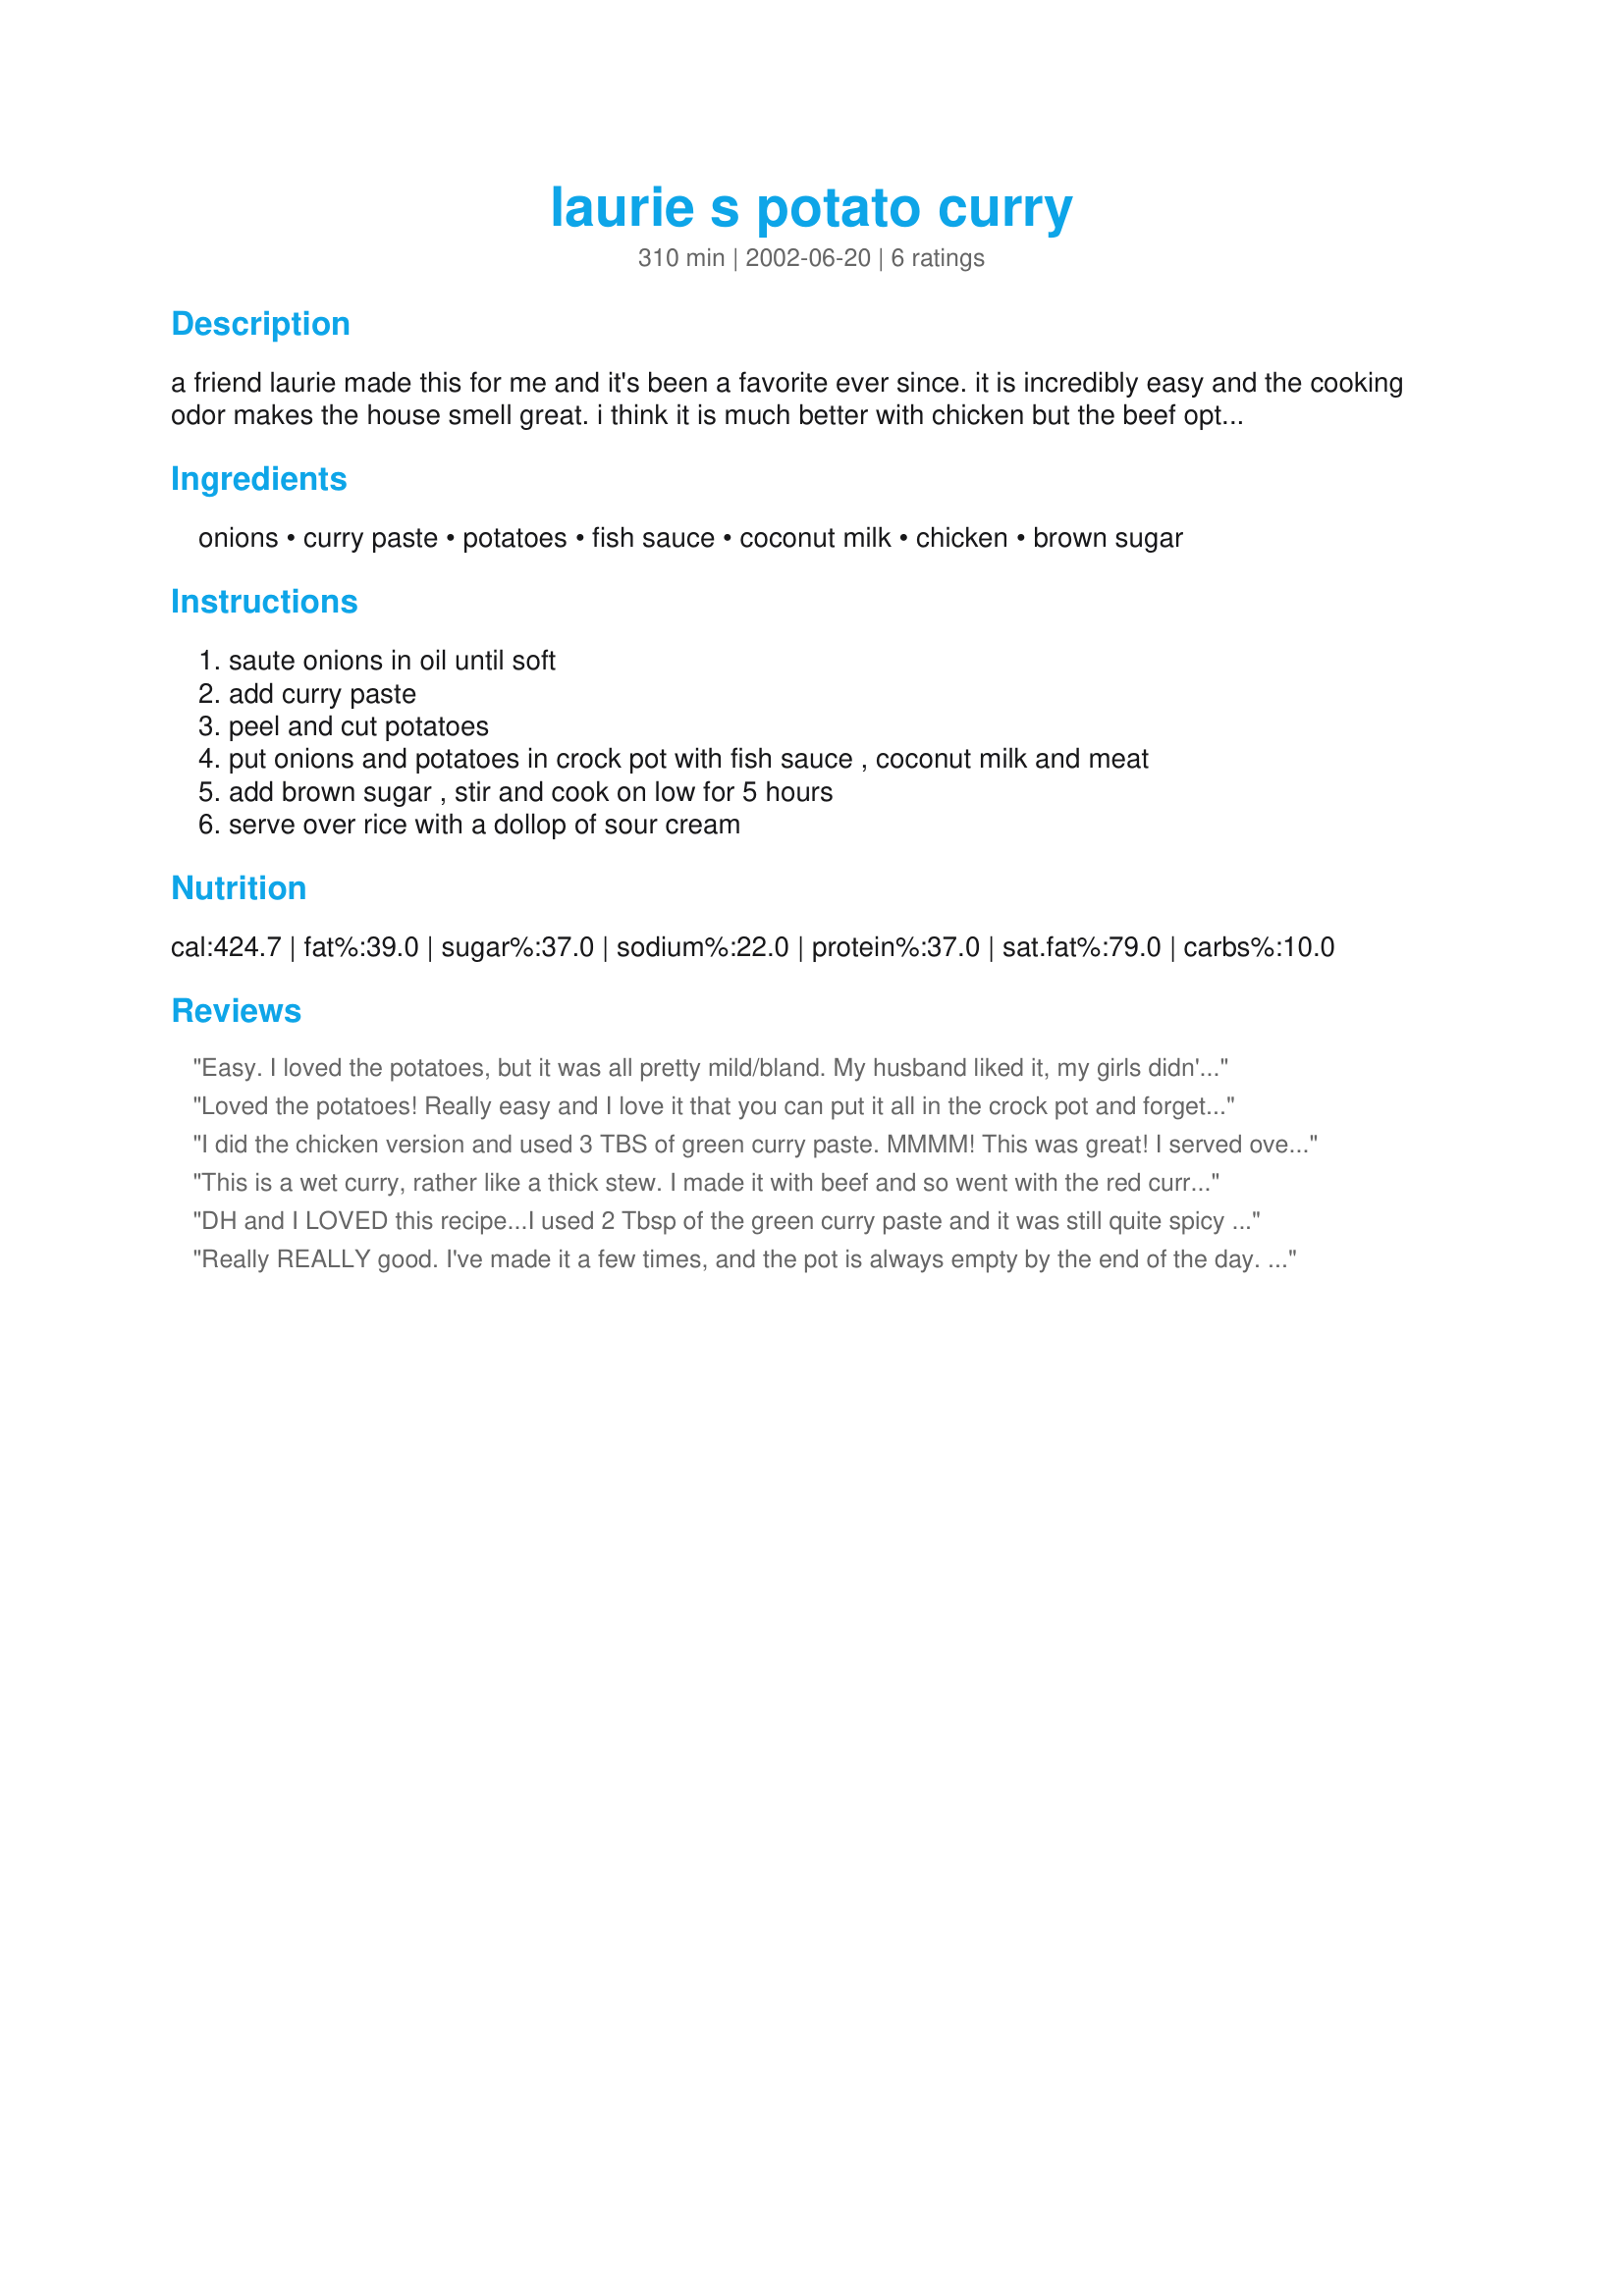
laurie s potato curry
Preparation time: 310 minutes

a friend laurie made this for me and it's been a favorite ever since. it is incredibly easy and the cooking odor makes the house smell great. i think it is much better with chicken but the beef option is not bad either. you can play with the amount of the curry paste, depending on how hot you want it. the sour cream helps cool it down a bit. enjoy!

Ingredients:
onions, curry paste, potatoes, fish sauce, coconut milk, chicken, brown sugar

Steps:
saute onions in oil until soft, add curry paste, peel and cut potatoes, put onions and potatoes in crock pot with fish sauce , coconut milk and meat, add brown sugar , stir and cook on low for 5 hours, serve over rice with a dollop of sour cream

Reviews:
Easy. I loved the potatoes, but it was all pretty mild/bland. My husband liked it, my girls didn't really care for it. (they're picky, though)

I may try it again in the future, with some tweaking.
Loved the potatoes! Really easy and I love it that you can put it all in the crock pot and forget about it! Thanks Kimke!
I did the chicken version and used 3 TBS of green curry paste. MMMM! This was great! I served over white rice.
This is a wet curry, rather like a thick stew. I made it with beef and so went with the red curry paste. I did make two changes. I added a clove of minced garlic and I browned the beef first in a very little bit of olive oil before adding to the crockpot. DH and I both enjoyed this recipe, but I wouldn't recommend this if you have very young kids (unless they like spicier cooking - mine don't - even though I do try to get them to 'taste' everything I make.)
DH and I LOVED this recipe...I used 2 Tbsp of the green curry paste and it was still quite spicy (the kids would not like it - more for us!) I used whole chicken breasts that were frozen bcs I was worried about the bird being powdery after cooking for so long. Our Crockpot has 4,6,8 or 10 hr options, I chose the 4hr one. Any longer and the chicken would have been overdone. Served it over Jasmine rice. Next time I will try cutting the chicken into large chunks and quickly browning it first to seal in the juices. I would not change anything else, it's delicious!
Really REALLY good. I've made it a few times, and the pot is always empty by the end of the day. Just be careful you don't add too much fish sauce - I did one time, and the whole kitchen smelled (and it overpowered the curry).
